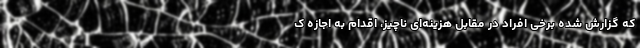
که گزارش شده برخی افراد در مقابل هزینه‌ای ناچیز، اقدام به اجازه ک